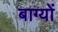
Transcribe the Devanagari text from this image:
बाग्यों